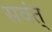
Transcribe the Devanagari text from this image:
सवंत्